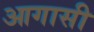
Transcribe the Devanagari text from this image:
आगासी